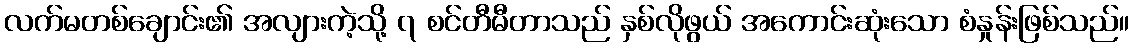
လက်မတစ်ချောင်း၏ အလျားကဲ့သို့ ၇ စင်တီမီတာသည် နှစ်လိုဖွယ် အကောင်းဆုံးသော စံနှုန်းဖြစ်သည်။